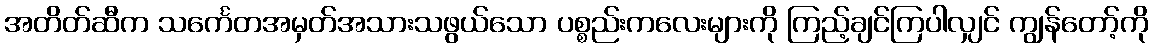
အတိတ်ဆီက သင်္ကေတအမှတ်အသားသဖွယ်သော ပစ္စည်းကလေးများကို ကြည့်ချင်ကြပါလျှင် ကျွန်တော့်ကို